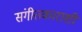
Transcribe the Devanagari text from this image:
संगीतकाराशी